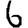
Digit: 6